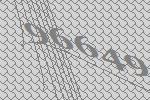
96649